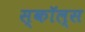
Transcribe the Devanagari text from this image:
स्कॉल्स